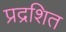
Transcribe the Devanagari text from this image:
प्रद्रशित